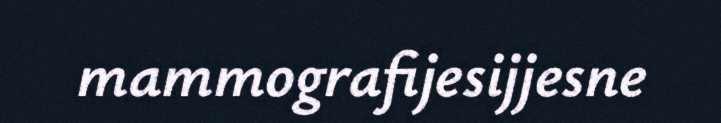
mammografijesijjesne